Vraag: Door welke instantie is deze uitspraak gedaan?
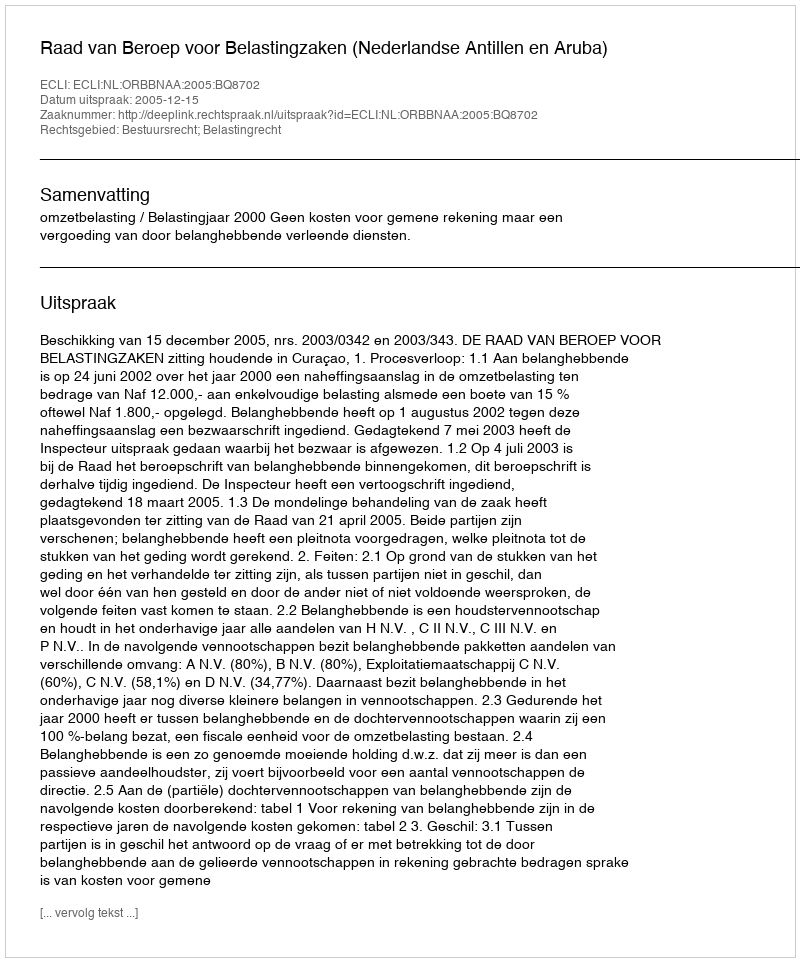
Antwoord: Raad van Beroep voor Belastingzaken (Nederlandse Antillen en Aruba)